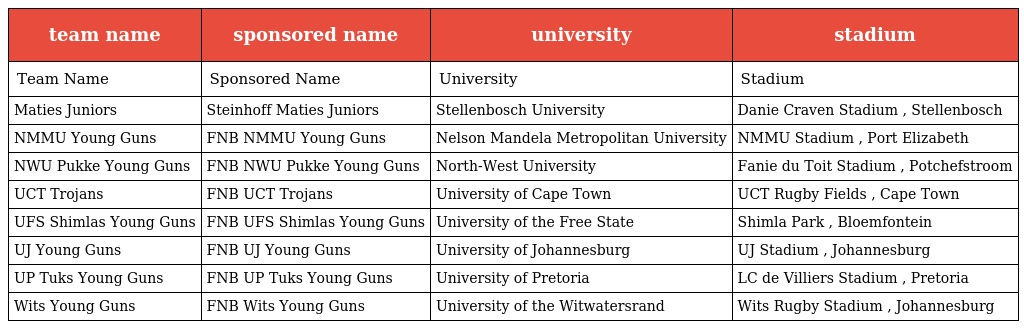
| team name | sponsored name | university | stadium |
 | --- | --- | --- | --- |
 | Team Name | Sponsored Name | University | Stadium |
 | Maties Juniors | Steinhoff Maties Juniors | Stellenbosch University | Danie Craven Stadium , Stellenbosch |
 | NMMU Young Guns | FNB NMMU Young Guns | Nelson Mandela Metropolitan University | NMMU Stadium , Port Elizabeth |
 | NWU Pukke Young Guns | FNB NWU Pukke Young Guns | North-West University | Fanie du Toit Stadium , Potchefstroom |
 | UCT Trojans | FNB UCT Trojans | University of Cape Town | UCT Rugby Fields , Cape Town |
 | UFS Shimlas Young Guns | FNB UFS Shimlas Young Guns | University of the Free State | Shimla Park , Bloemfontein |
 | UJ Young Guns | FNB UJ Young Guns | University of Johannesburg | UJ Stadium , Johannesburg |
 | UP Tuks Young Guns | FNB UP Tuks Young Guns | University of Pretoria | LC de Villiers Stadium , Pretoria |
 | Wits Young Guns | FNB Wits Young Guns | University of the Witwatersrand | Wits Rugby Stadium , Johannesburg |